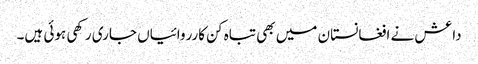
داعش نے افغانستان میں بھی تباہ کن کارروائیاں جاری رکھی ہوئی ہیں۔